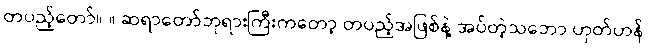
တပည့်တော်။ ။ ဆရာတော်ဘုရားကြီးကတော့ တပည့်အဖြစ်နဲ့ အပ်တဲ့သဘော ဟုတ်ဟန်